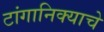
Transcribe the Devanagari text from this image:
टांगानिक्याचे